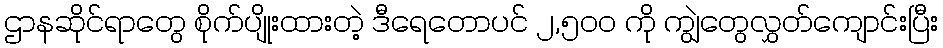
ဌာနဆိုင်ရာတွေ စိုက်ပျိုးထားတဲ့ ဒီရေတောပင် ၂,၅၀၀ ကို ကျွဲတွေလွှတ်ကျောင်းပြီး